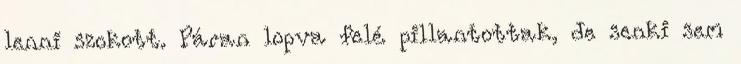
lenni szokott. Páran lopva felé pillantottak, de senki sem